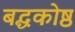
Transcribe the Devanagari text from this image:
बद्धकोष्ठ